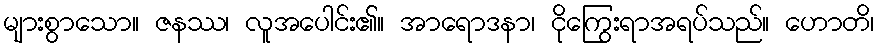
များစွာသော။ ဇနဿ၊ လူအပေါင်း၏။ အာရောဒနာ၊ ငိုကြွေးရာအရပ်သည်။ ဟောတိ၊